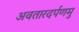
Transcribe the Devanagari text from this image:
अवतारदर्पणमु